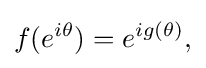
\displaystyle {f(e^{i\theta })=e^{ig(\theta )},}